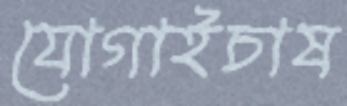
যোগাইচাষ